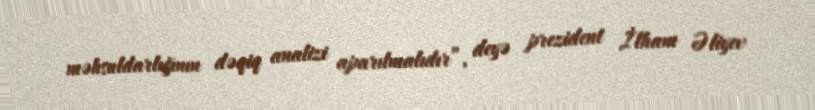
məhsuldarlığının dəqiq analizi aparılmalıdır”, deyə prezident İlham Əliyev